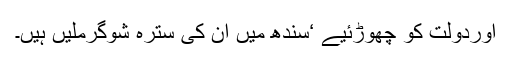
اوردولت کو چھوڑئیے ‘سندھ میں ان کی سترہ شوگرملیں ہیں۔